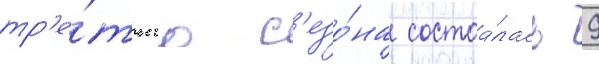
тр'е́тьего с'езо́на состоа́лась 9